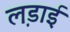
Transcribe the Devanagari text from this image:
ल़डाई